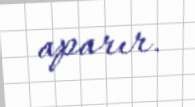
aparır.